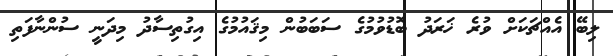
ލިބޭ އެއްޗަކަށް ވުރެ ޚަރަދު ބޮޑުވުމުގެ ސަބަބުން މިޤައުމުގެ އިގުތިސާދު މިދަނީ ސުންނާފަތި